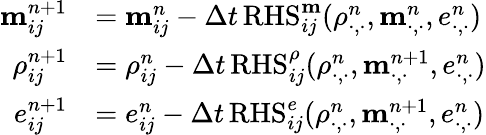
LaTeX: \begin{array}{rl}{\mathbf m_{ij}^{n+1}}&{=\mathbf m_{ij}^{n}-\Delta t\, \mathrm{RHS}_{ij}^{\mathbf m}(\rho_{\cdot,\cdot}^{n},\mathbf m_{\cdot,\cdot}^{n},e_{\cdot,\cdot}^{n})}\\ {\rho_{ij}^{n+1}}&{=\rho_{ij}^{n}-\Delta t\, \mathrm{RHS}_{ij}^{\rho}(\rho_{\cdot,\cdot}^{n},\mathbf m_{\cdot,\cdot}^{n+1},e_{\cdot,\cdot}^{n})}\\ {e_{ij}^{n+1}}&{=e_{ij}^{n}-\Delta t\, \mathrm{RHS}_{ij}^{e}(\rho_{\cdot,\cdot}^{n},\mathbf m_{\cdot,\cdot}^{n+1},e_{\cdot,\cdot}^{n})}\end{array}